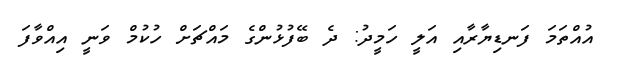
އުއްތަމަ ފަނޑިޔާރާއި އަލީ ހަމީދު: ދެ ބޭފުޅުންގެ މައްޗަށް ހުކުމް ވަނީ އިއްވާފަ